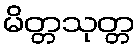
မိတ္တသုတ္တ